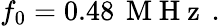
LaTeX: f_{0}=0.48\, \mathrm{~M~H~z~}\, .